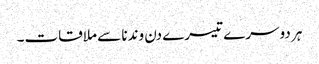
ہر دوسرے تیسرے دن وندنا سے ملاقات۔